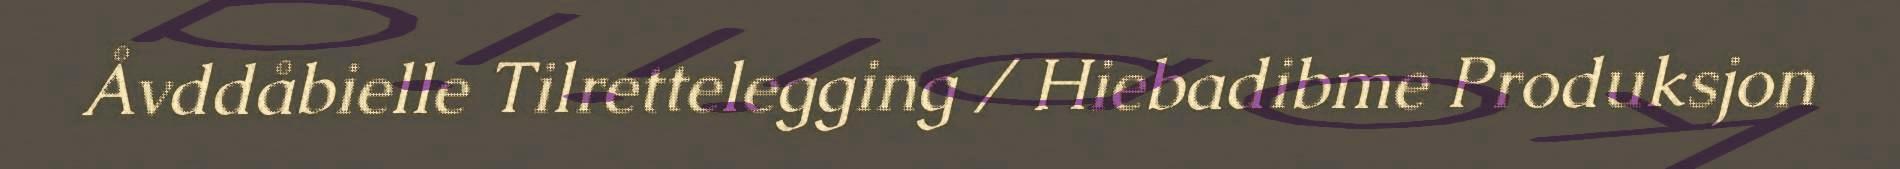
Åvddåbielle Tilrettelegging / Hiebadibme Produksjon